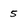
Character: 5